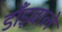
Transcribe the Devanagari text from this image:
डाँड़वाले